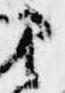
さ